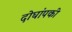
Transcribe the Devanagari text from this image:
दोघांपकी